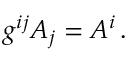
g ^ { i j } A _ { j } = A ^ { i } \, .